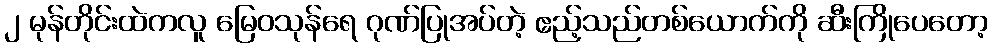
၂ မုန်တိုင်းထဲကလူ မြေဝသုန်ရေ ဂုဏ်ပြုအပ်တဲ့ ဧည့်သည်တစ်ယောက်ကို ဆီးကြိုပေတော့